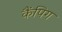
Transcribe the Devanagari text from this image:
कैंपिग